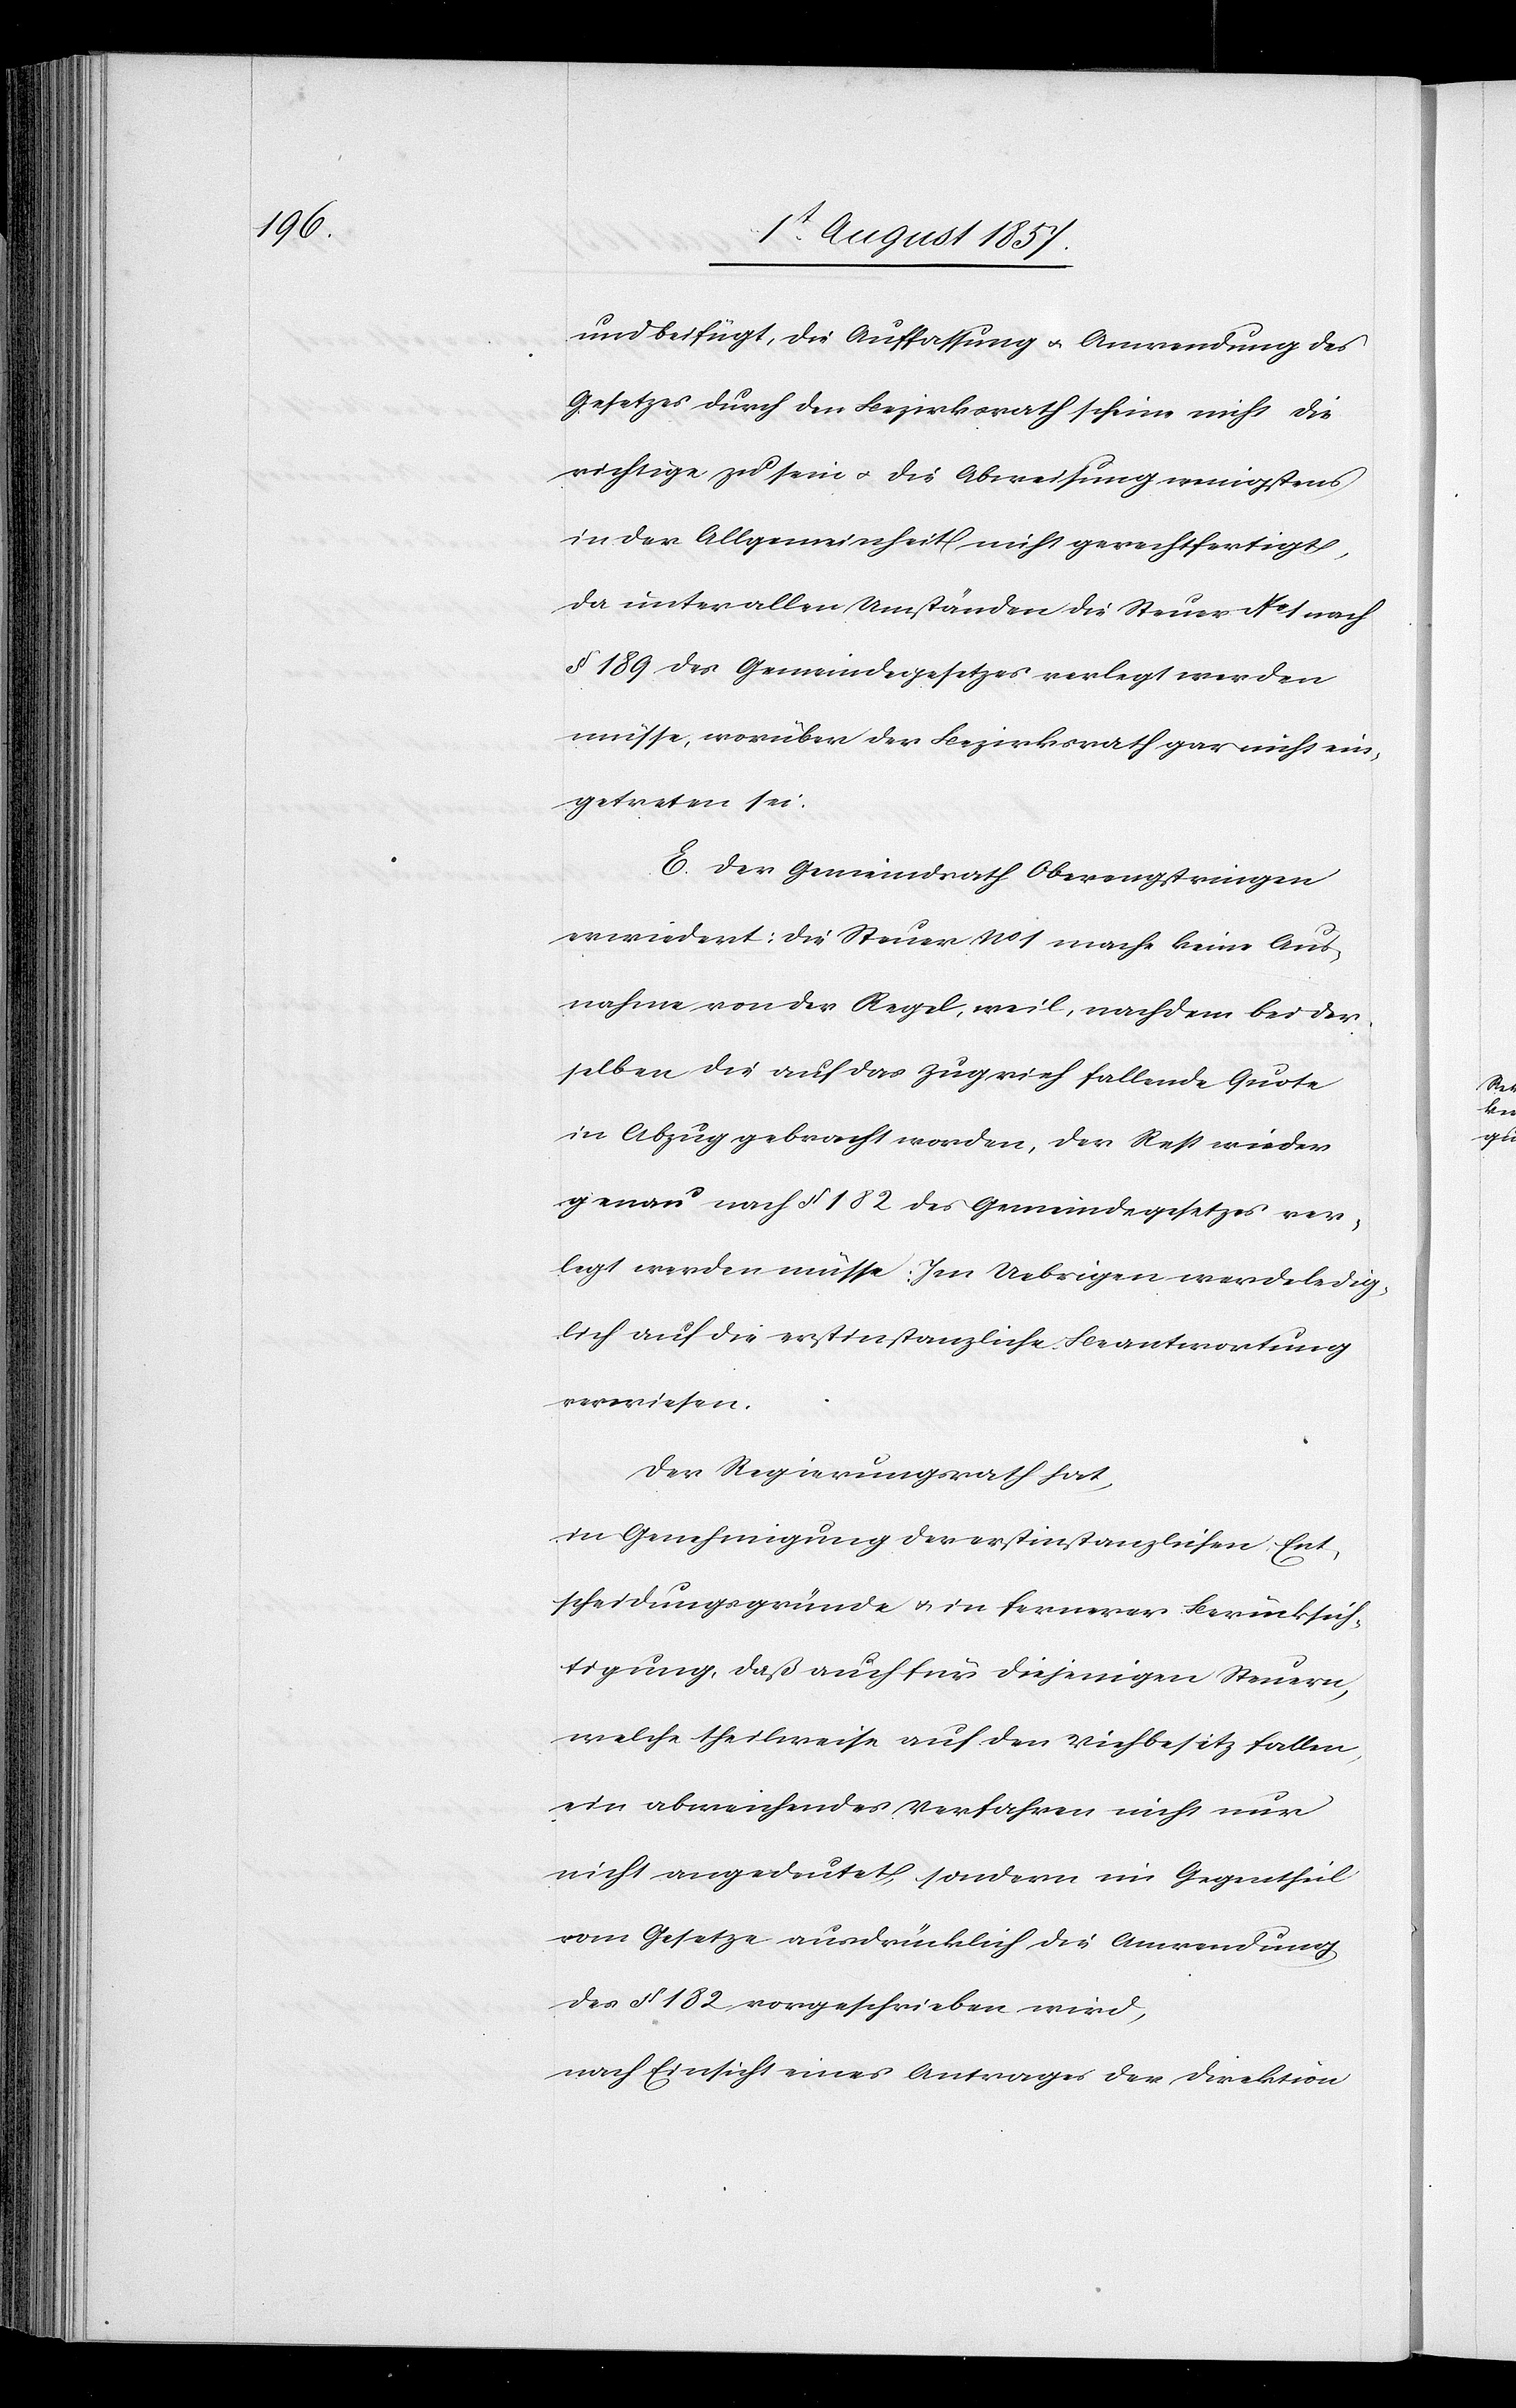
und beifügt, die Auffassung & Anwendung des
Gesetzes durch den Bezirksrath scheine nicht die
richtige zu sein & die Abweisung wenigstens
in der Allgemeinheit nicht gerechtfertigt,
da unter allen Umständen die Steuer No 1 nach
§ 189 des Gemeindegesetzes verlegt werden
müsse, worüber der Bezirksrath gar nicht ein¬
getreten sei.
E. Der Gemeindrath Oberengstringen
erwiedert: Die Steuer No 1 mache keine Aus¬
nahme von der Regel, weil, nachdem bei der¬
selben die auf das Zugvieh fallende Quote
in Abzug gebracht worden, der Rest wieder
genau nach § 182 des Gemeindegesetzes ver¬
legt werden müsse: Im Uebrigen werde ledig¬
lich auf die erstinstanzliche Beantwortung
verwiesen.
Der Regierungsrath hat,
in Genehmigung der erstinstanzlichen Ent¬
scheidungsgründe & in fernerer Berücksich¬
tigung, daß auch für diejenigen Steuern,
welche theilweise auf den Viehbesitz fallen,
ein abweichendes Verfahren nicht nur
nicht angedeutet, sondern im Gegentheil
vom Gesetze ausdrücklich die Anwendung
des § 182 vorgeschrieben wird,
nach Einsicht eines Antrages der Direktion